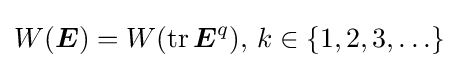
W({\boldsymbol {E}})=W(\operatorname {tr} {\boldsymbol {E}}^{q}),\,k\in \left\{1,2,3,\ldots \right\}